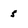
Character: 5